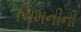
ચિમનીની